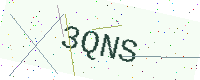
Text: 3QNS